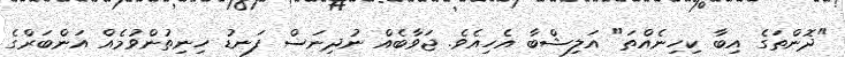
"ދޮންތަގެ އިބާ ކިހިނެއްތަ" އަލިޝްބާ އެހިއެވެ. ޖަވާބެއް ނުދިނަސް ފަނޑު ހިނިތުންވުމެއް އަންބަރްގެ